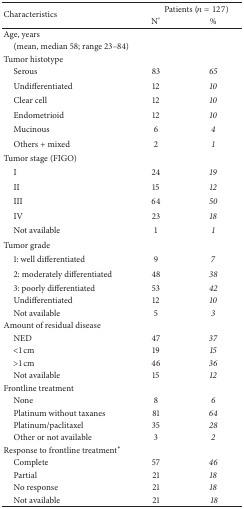
| <ROWSPAN=2> Characteristics | <COLSPAN=2> Patients (n = 127) |
 | N° | % |
 | --- | --- | --- |
 | Age, years |  |  |
 | (mean, median 58; range 23–84) |  |  |
 | Tumor histotype |  |  |
 | Serous | 83 | 65 |
 | Undifferentiated | 12 | 10 |
 | Clear cell | 12 | 10 |
 | Endometrioid | 12 | 10 |
 | Mucinous | 6 | 4 |
 | Others + mixed | 2 | 1 |
 | Tumor stage (FIGO) |  |  |
 | I | 24 | 19 |
 | II | 15 | 12 |
 | III | 64 | 50 |
 | IV | 23 | 18 |
 | Not available | 1 | 1 |
 | Tumor grade |  |  |
 | 1: well differentiated | 9 | 7 |
 | 2: moderately differentiated | 48 | 38 |
 | 3: poorly differentiated | 53 | 42 |
 | Undifferentiated | 12 | 10 |
 | Not available | 5 | 3 |
 | Amount of residual disease |  |  |
 | NED | 47 | 37 |
 | <1 cm | 19 | 15 |
 | >1 cm | 46 | 36 |
 | Not available | 15 | 12 |
 | Frontline treatment |  |  |
 | None | 8 | 6 |
 | Platinum without taxanes | 81 | 64 |
 | Platinum/paclitaxel | 35 | 28 |
 | Other or not available | 3 | 2 |
 | Response to frontline treatment* |  |  |
 | Complete | 57 | 46 |
 | Partial | 21 | 18 |
 | No response | 21 | 18 |
 | Not available | 21 | 18 |